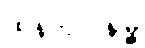
ထန်တလန်မြို့